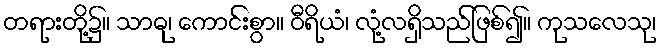
တရားတို့၌။ သာဓု၊ ကောင်းစွာ။ ဝီရိယံ၊ လုံ့လရှိသည်ဖြစ်၍။ ကုသလေသု၊